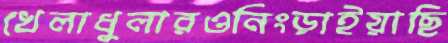
খেলাধুলারওনিংড়াইয়াছি